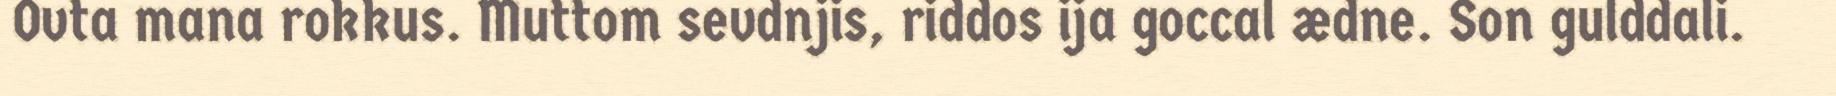
Ovta mana rokkus. Muttom sevdnjis, riddos ija goccal ædne. Son gulddali.